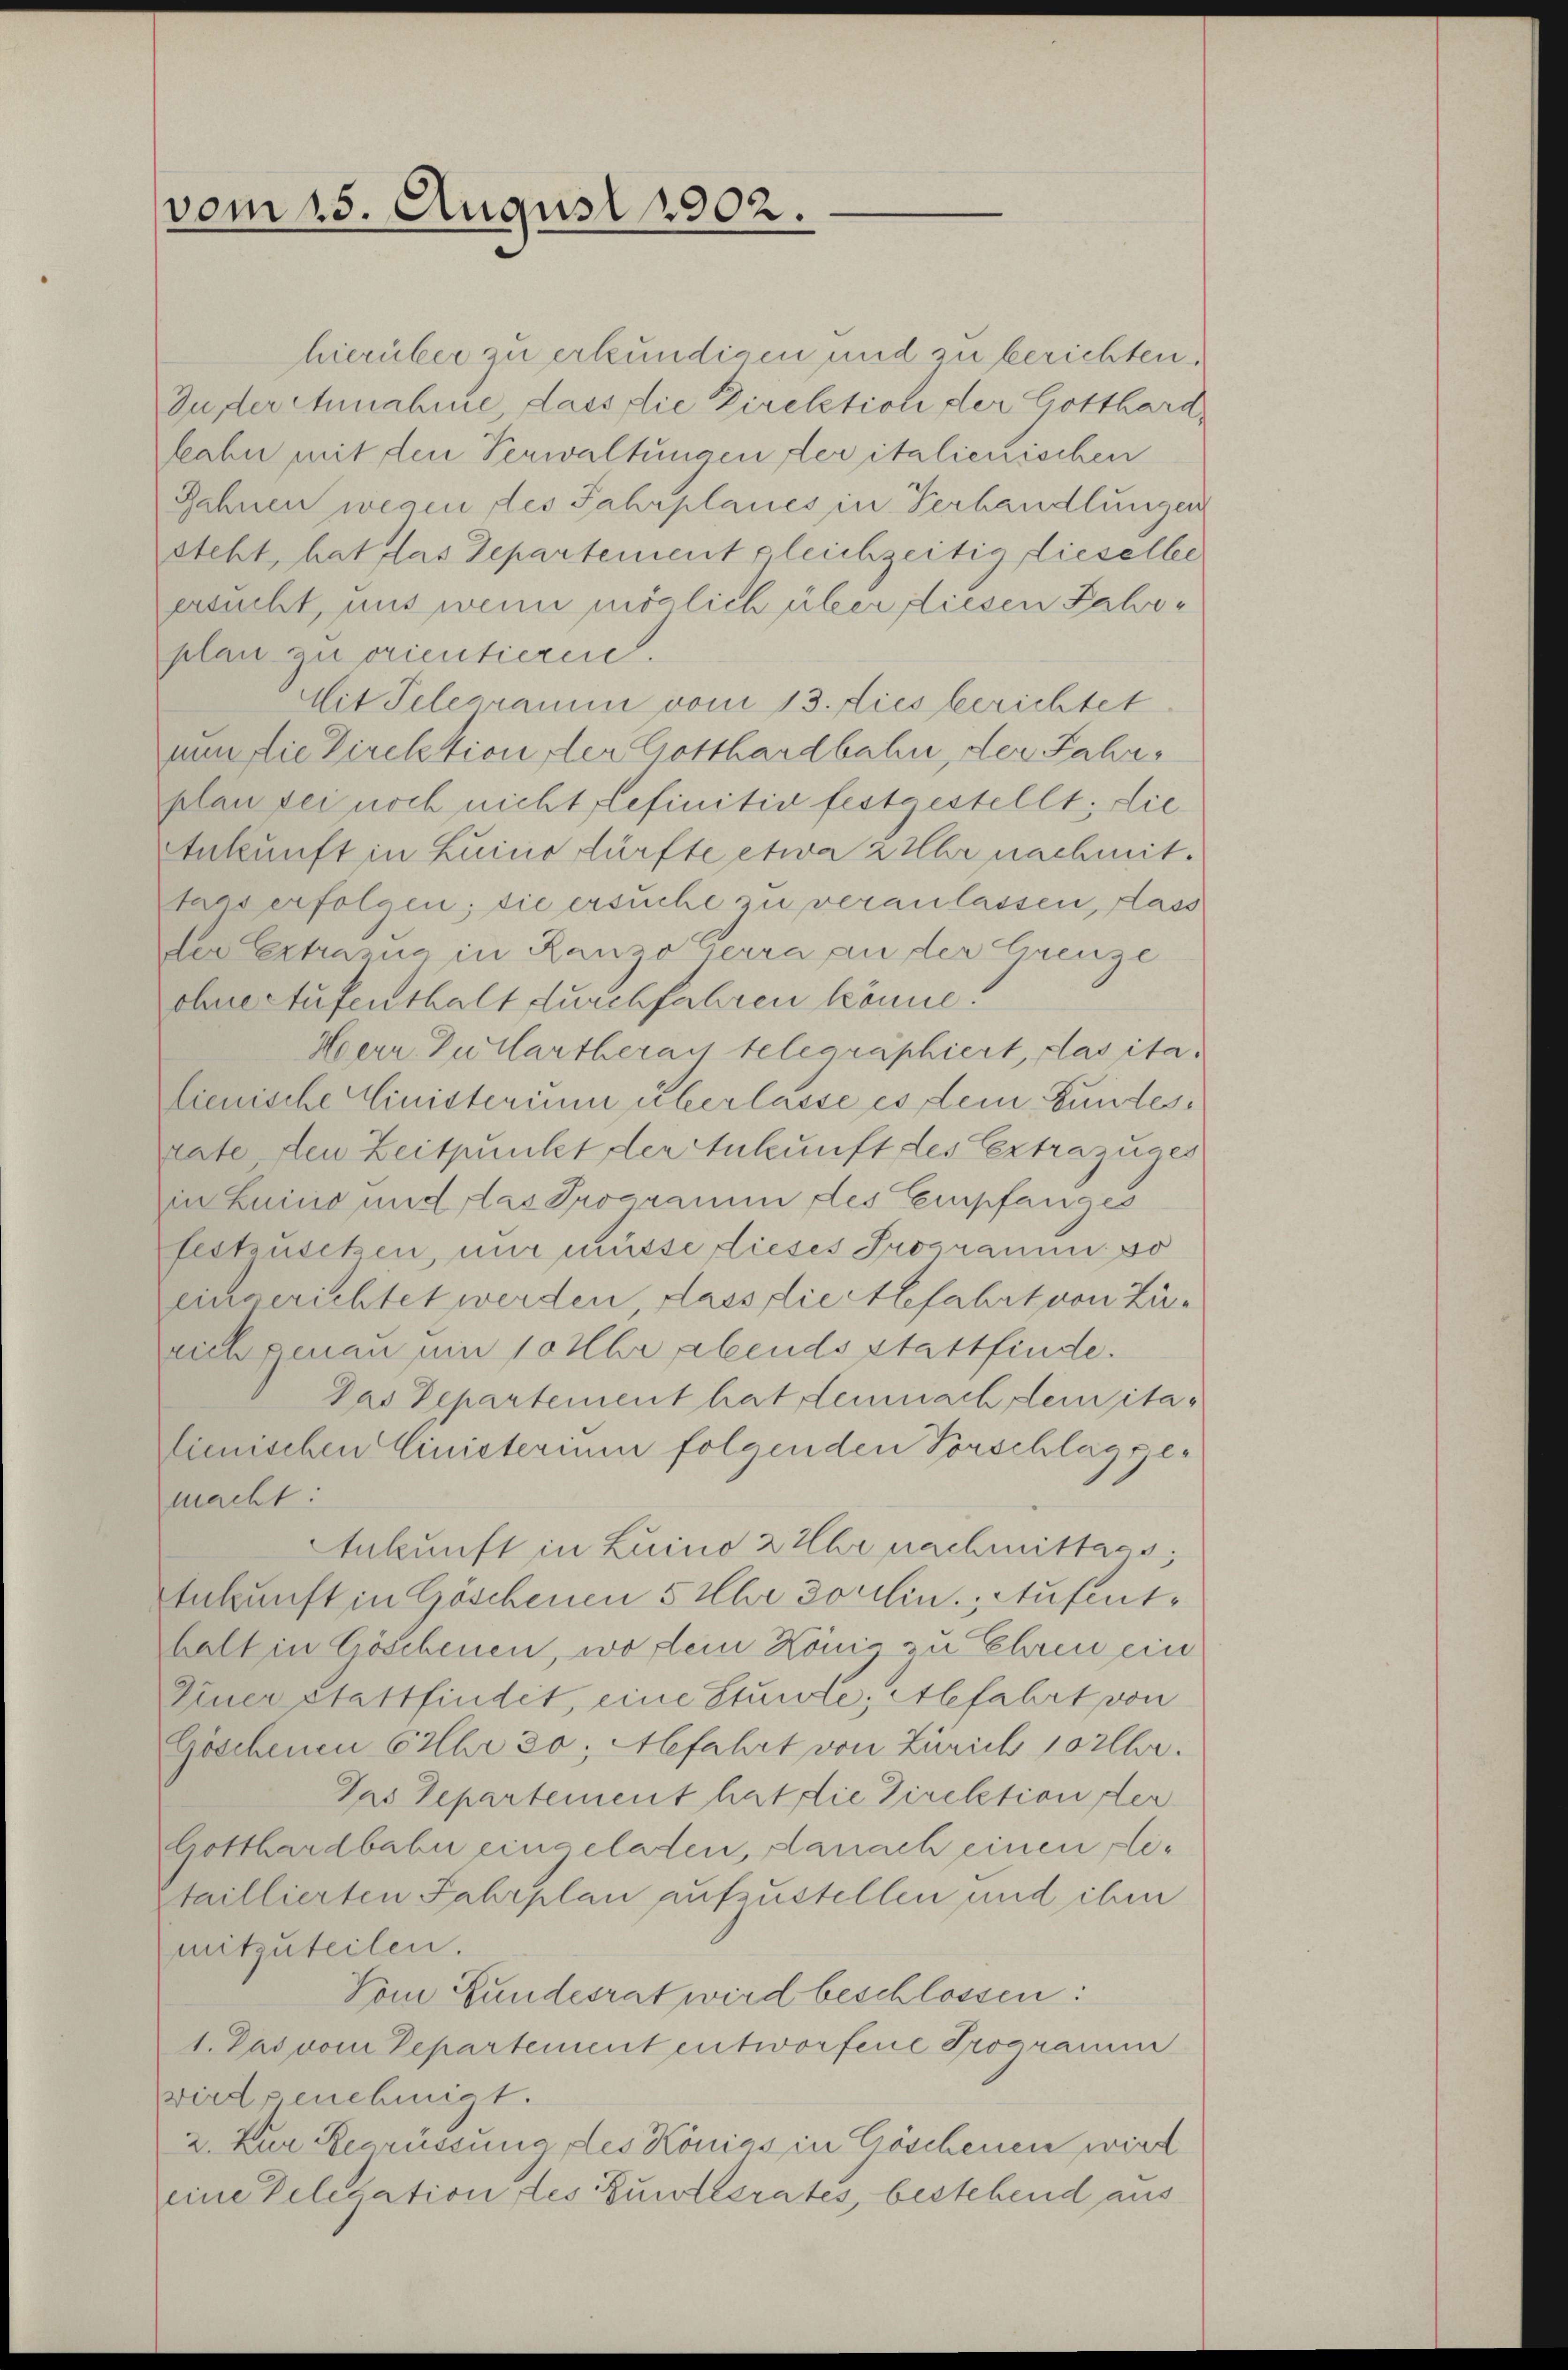
vom 15. August 1902.

hierüber zu erkundigen und zu berichten
Juser Annahme, dass die Direktion der Gotthard,
kahn mit den Verwaltungen der italienischen
Rahnen wegen des Fahrplanes in Verhandlungen
steht, hat das Departement gleichzeitig dieselle
ersucht, uns wenn möglich über diesen Fahrplan zu orientieren.
Mit Telegramm vom 13. Lies berichtet
nun die Direktion der Gotthardbahn, der Fahrplan sei noch nicht definitiv festgestellt; die
Ankunft in Luino dürfte etwa 2 Uhr nachmittars erfolgen; die ersuche zu veranlassen, dass
zler Extrazug in Ranzo Gerra an der Grenze
ohne Aufenthalt durchfahren könne.
Herr Zutlartherauf telegraphiert, das ita
lienische Einisterium überlasse es dem Bundesrate, den Zeitpunkt der Ankunft des Extrazuges
in Luino und das Programm des Empfanges
festzusetzen, mir müsse dieses Programm so
eingerichtet werden, dass die befahrt von Zürich genau um 10 Uhr abends stattfinde.
Das Departement hat demnach dem italienischen Cinisterium folgenden Vorschlag ge-
macht:
Ankunft in Luino 2 Uhr nachmittags,
Ankunft in Göschenen 5 Uhr sollen. Aufenthalt in Göschenen, wo dem König zu Ehren ein
Diner Stattfindet, eine Sturmte, Abfahrt von
Göschenen 6 Uhr 20; Abfahrt von Zürich 10 Uhr.
Das Departement hat die Direktion der
Gotthardbahn eingeladen, danach einen ple¬
Staillierten Fahrplan aufzustellen und ihm
mitzuteilen.
Vom Bundesrat wird beschlossen:
1. Das vom Departement entworfene Programm
wird genehmigt.
2. Zur Begrüssung des Königs in Göschenen wird
eine Delegation des Zustesrates, bestehend aus